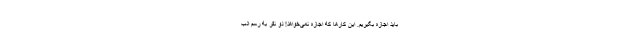
باید اجازه بگیریم. این کارها که اجازه نمی‌خواهد! دو نفر به رسم ادب